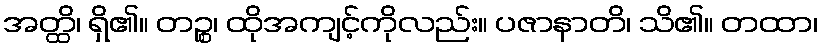
အတ္ထိ၊ ရှိ၏။ တဉ္စ၊ ထိုအကျင့်ကိုလည်း။ ပဇာနာတိ၊ သိ၏။ တထာ၊